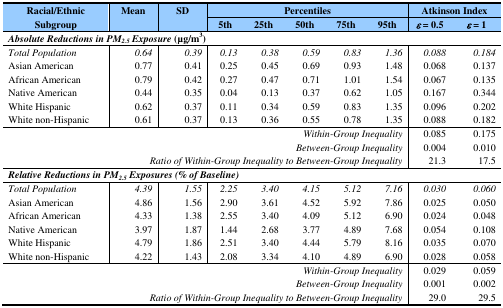
<table><thead><tr><td rowspan="2"><b>Racial/Ethnic Subgroup</b></td><td rowspan="2"><b>Mean</b></td><td rowspan="2"><b>SD</b></td><td colspan="5"><b>Percentiles</b></td><td colspan="2"><b>Atkinson Index</b></td></tr><tr><td><b>5th</b></td><td><b>25th</b></td><td><b>50th</b></td><td><b>75th</b></td><td><b>95th</b></td><td><b><i>ɛ</i>= 0.5</b></td><td><b><i>ɛ</i>= 1</b></td></tr></thead><tbody><tr><td colspan="10"><b><i>Absolute Reductions in PM<sub>2.5</sub> Exposure</i></b><b>(μg/m<sup>3</sup>)</b></td></tr><tr><td><i>Total Population</i></td><td><i>0.64</i></td><td><i>0.39</i></td><td><i>0.13</i></td><td><i>0.38</i></td><td><i>0.59</i></td><td><i>0.83</i></td><td><i>1.36</i></td><td><i>0.088</i></td><td><i>0.184</i></td></tr><tr><td>Asian American</td><td>0.77</td><td>0.41</td><td>0.25</td><td>0.45</td><td>0.69</td><td>0.93</td><td>1.48</td><td>0.068</td><td>0.137</td></tr><tr><td>African American</td><td>0.79</td><td>0.42</td><td>0.27</td><td>0.47</td><td>0.71</td><td>1.01</td><td>1.54</td><td>0.067</td><td>0.135</td></tr><tr><td>Native American</td><td>0.44</td><td>0.35</td><td>0.04</td><td>0.13</td><td>0.37</td><td>0.62</td><td>1.05</td><td>0.167</td><td>0.344</td></tr><tr><td>White Hispanic</td><td>0.62</td><td>0.37</td><td>0.11</td><td>0.34</td><td>0.59</td><td>0.83</td><td>1.35</td><td>0.096</td><td>0.202</td></tr><tr><td>White non-Hispanic</td><td>0.61</td><td>0.37</td><td>0.13</td><td>0.36</td><td>0.55</td><td>0.78</td><td>1.35</td><td>0.088</td><td>0.182</td></tr><tr><td colspan="8"><i>Within-Group Inequality</i></td><td>0.085</td><td>0.175</td></tr><tr><td colspan="8"><i>Between-Group Inequality</i></td><td>0.004</td><td>0.010</td></tr><tr><td colspan="8"><i>Ratio of Within-Group Inequality to Between-Group Inequality</i></td><td>21.3</td><td>17.5</td></tr><tr><td colspan="10"><b><i>Relative Reductions in PM</i></b><i><sub>2.5</sub></i><b><i>Exposures (% of Baseline)</i></b></td></tr><tr><td><i>Total Population</i></td><td><i>4.39</i></td><td><i>1.55</i></td><td><i>2.25</i></td><td><i>3.40</i></td><td><i>4.15</i></td><td><i>5.12</i></td><td><i>7.16</i></td><td><i>0.030</i></td><td><i>0.060</i></td></tr><tr><td>Asian American</td><td>4.86</td><td>1.56</td><td>2.90</td><td>3.61</td><td>4.52</td><td>5.92</td><td>7.86</td><td>0.025</td><td>0.050</td></tr><tr><td>African American</td><td>4.33</td><td>1.38</td><td>2.55</td><td>3.40</td><td>4.09</td><td>5.12</td><td>6.90</td><td>0.024</td><td>0.048</td></tr><tr><td>Native American</td><td>3.97</td><td>1.87</td><td>1.44</td><td>2.68</td><td>3.77</td><td>4.89</td><td>7.68</td><td>0.054</td><td>0.108</td></tr><tr><td>White Hispanic</td><td>4.79</td><td>1.86</td><td>2.51</td><td>3.40</td><td>4.44</td><td>5.79</td><td>8.16</td><td>0.035</td><td>0.070</td></tr><tr><td>White non-Hispanic</td><td>4.22</td><td>1.43</td><td>2.08</td><td>3.34</td><td>4.10</td><td>4.89</td><td>6.90</td><td>0.028</td><td>0.058</td></tr><tr><td colspan="8"><i>Within-Group Inequality</i></td><td>0.029</td><td>0.059</td></tr><tr><td colspan="8"><i>Between-Group Inequality</i></td><td>0.001</td><td>0.002</td></tr><tr><td></td><td colspan="7"><i>Ratio of Within-Group Inequality to Between-Group Inequality</i></td><td>29.0</td><td>29.5</td></tr></tbody></table>